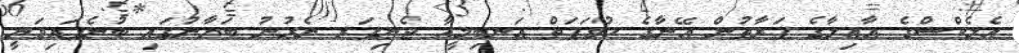
އެލެކްސްގެ އާއިލާގެ ފަރާތުން އޭނާގެ ހުވަފަތް އަނބިމީހާ ޖެނިފަރ ނެރުނު ބަޔާނުގައި ބުނެފައިވަނީ